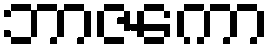
ဘာဇကော